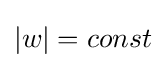
|w|=const